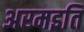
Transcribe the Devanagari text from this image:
अरमइति